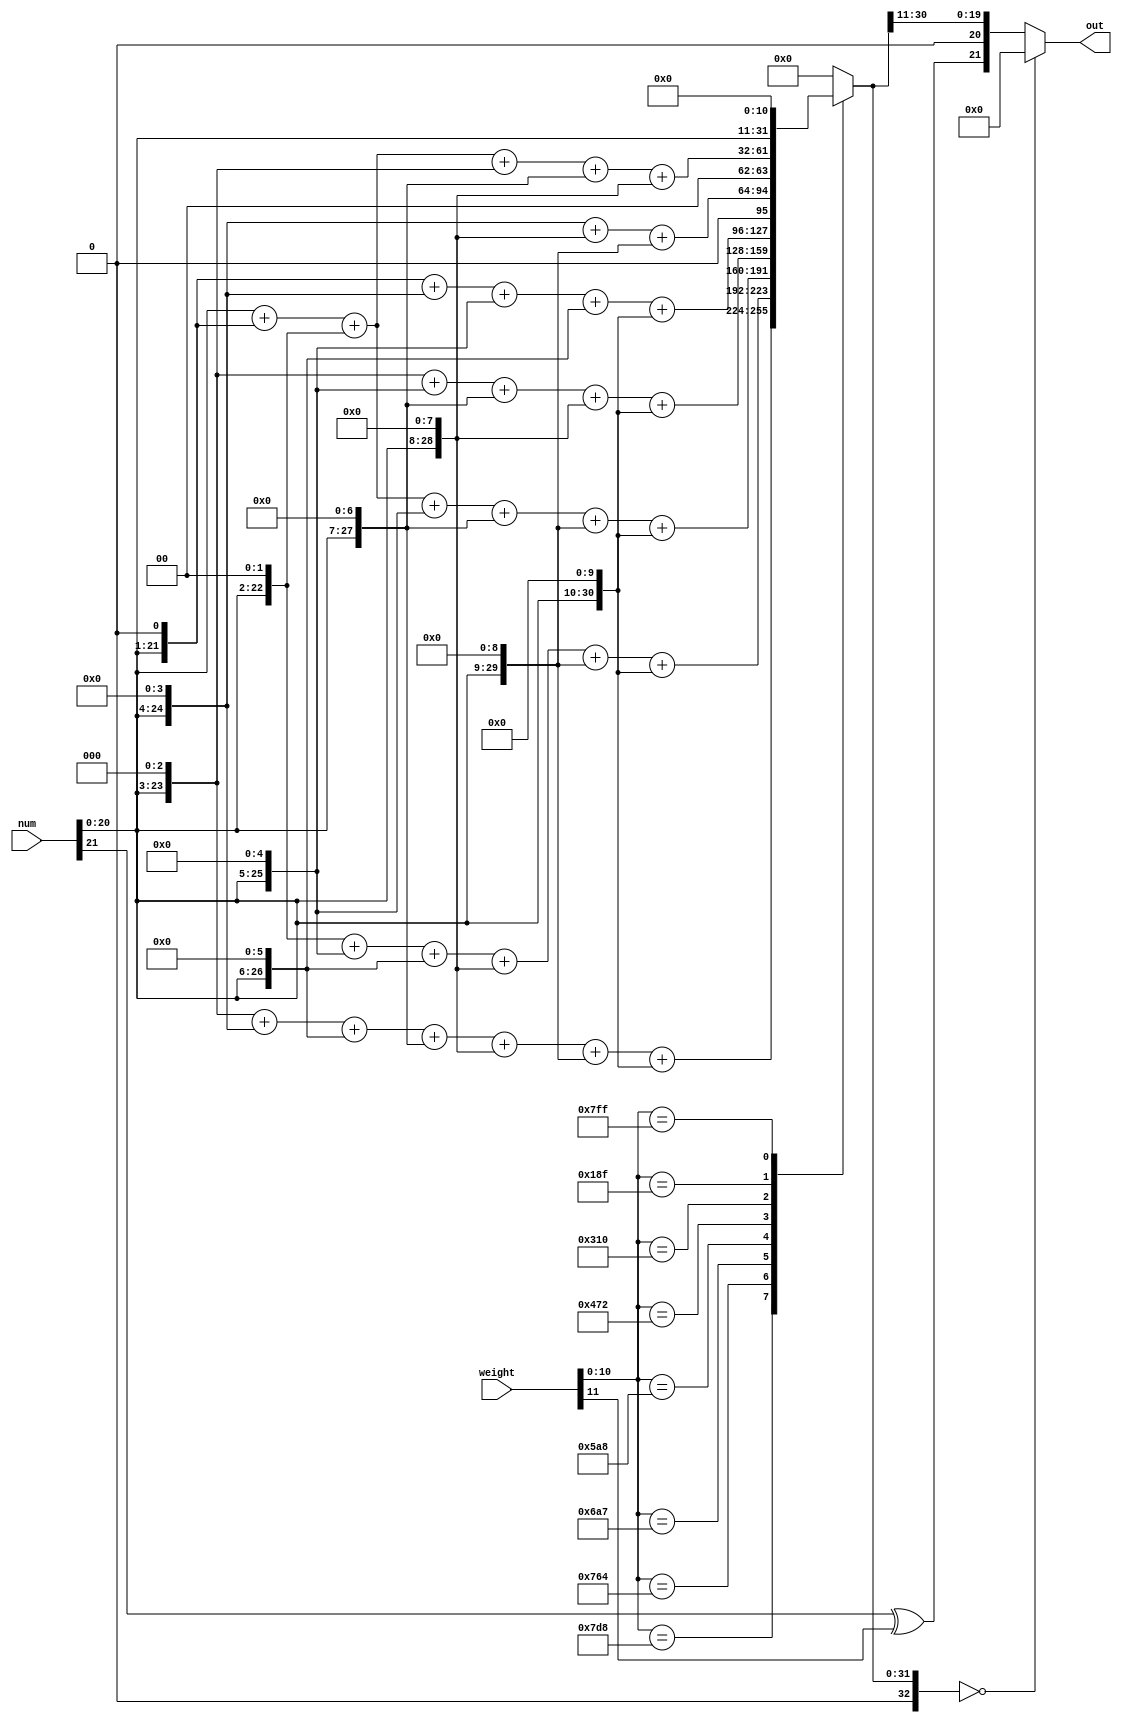
module multi32 #(parameter number_bits=22, // 1 bit sign +9 int ( 3 ovr + 7 data)+ 11 fraction
                 parameter weight_bits=12   // [1 bit sign + 11 data] (fraction)
	            )
(

  input  wire [number_bits-1:0]  num,          // 21-bit  input  data
  input  wire [weight_bits-1:0]  weight,      // 8-bit   input  data weight +1 bit sign
  output reg  [number_bits-1:0]   out        // 21-bit output data
  );

  wire        flag;                           // determine the sign of the product
  wire [number_bits+weight_bits-1-1:0] mul;
  wire [number_bits-1-1:0]cut_data;            //20 bits for data without sign
  reg  [number_bits+weight_bits-1-1:0] result_of_product; // 20bits *11 bits  =30data +1 ovr = 31 bits >>>> product without sign

//**************************** multiplication (weight and num without sign) ****************************
  always @ ( * ) begin
    case ( weight [weight_bits-1-1:0] )
      11'b00000000000: result_of_product = 31'b0;
      11'b11111011000: result_of_product = ( num[number_bits-2:0] << 3 ) +( num[number_bits-2:0] << 4 )+( num[number_bits-2:0] << 6 )+( num[number_bits-2:0] << 7 )+ ( num[number_bits-2:0] << 8 ) + ( num[number_bits-2:0] << 9 ) + ( num[number_bits-2:0] << 10 ); //0.9807
      11'b11101100100: result_of_product = ( num[number_bits-2:0] << 2 ) + ( num[number_bits-2:0] <<5 ) + ( num[number_bits-2:0] << 6 ) + ( num[number_bits-2:0] << 8 )+( num[number_bits-2:0] << 9 )+ ( num[number_bits-2:0] << 10 ); //0.9238
      11'b11010100111: result_of_product = ( num[number_bits-2:0] << 0 ) + ( num[number_bits-2:0] << 1 ) + ( num[number_bits-2:0] << 2 )  + ( num[number_bits-2:0] << 5 ) + ( num[number_bits-2:0] << 7 )+ ( num[number_bits-2:0] << 9 )+ ( num[number_bits-2:0] << 10 ); //0.8314
      11'b10110101000: result_of_product = ( num[number_bits-2:0] << 3 ) + ( num[number_bits-2:0] << 5 ) + ( num[number_bits-2:0] << 7 )  + ( num[number_bits-2:0] << 8 ) + ( num[number_bits-2:0] << 10 );//0.7071  
      11'b10001110010: result_of_product = ( num[number_bits-2:0] << 1 ) + ( num[number_bits-2:0] << 4 )+( num[number_bits-2:0] << 5 )+( num[number_bits-2:0] << 6 )+ ( num[number_bits-2:0] << 10 );//0.5555
      11'b01100010000: result_of_product = ( num[number_bits-2:0] << 4 ) + ( num[number_bits-2:0] << 8 )+( num[number_bits-2:0] << 9 );//0.3826
      11'b00110001111: result_of_product = ( num[number_bits-2:0] << 0 ) + ( num[number_bits-2:0] << 1 )+( num[number_bits-2:0] << 2 )+ ( num[number_bits-2:0] << 3 )+ ( num[number_bits-2:0] <<7 )+ ( num[number_bits-2:0] << 8 );//0.1950
      11'b11111111111: result_of_product = ( num[number_bits-2:0] << 11 ) ;// this will persent -1 and 1 as 1 11111111
      default: result_of_product= 31'b0;
    endcase
  end
//**********************************************************************************************************************************
//******************************* Determine the sign of the product. **************************************************************
  assign  flag  = num[number_bits-1] ^ weight[weight_bits-1];  
//******************************* result of product is reg and. **************************************************************               
  assign cut_data = result_of_product[30:weight_bits-1];  //[(number_bits-1) +(weight_bits-1)]- 1(sign) =30
//**********************************************************************************************************************************
  
 //if weight is 0 and num is -ve i want out to be +0 not -0 
  always@(*)
    begin
        if(result_of_product==0)
          out= 0;
        else
          out= {flag,cut_data} ;
    end
  
endmodule